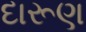
દારૂણ